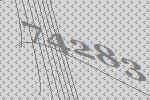
74283